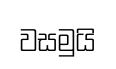
වසමුයි